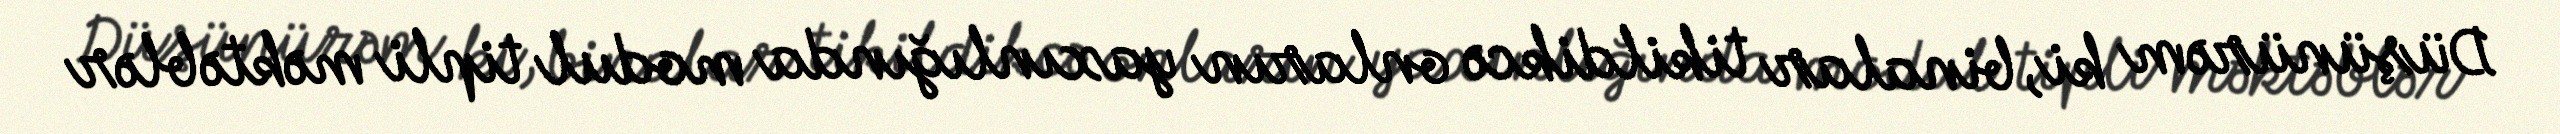
Düşünürəm ki, binalar tikildikcə onların yaxınlığında modul tipli məktəblər